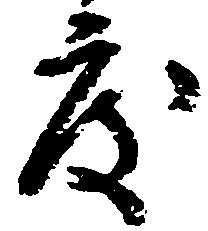
度